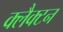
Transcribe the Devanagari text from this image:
क्लैक्टन